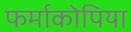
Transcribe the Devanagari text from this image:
फर्माकोपिया